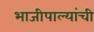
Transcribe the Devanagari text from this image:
भाजीपाल्यांची